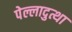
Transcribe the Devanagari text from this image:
पेल्लादुत्था